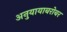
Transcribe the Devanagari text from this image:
अनुयायाबरोबर